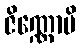
ဇိဏ္ဏောပိ